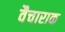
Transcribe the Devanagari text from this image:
वैचाराक